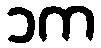
၁က